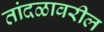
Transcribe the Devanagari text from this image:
तांदळावरील